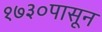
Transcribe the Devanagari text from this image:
१७३०पासून